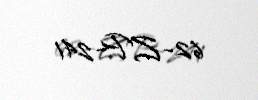
62-ZP-241